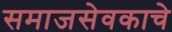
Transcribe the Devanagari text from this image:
समाजसेवकाचे